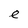
Character: e